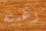
رغبته